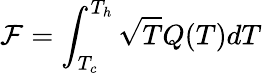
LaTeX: \mathcal{F}=\int_{T_{c}}^{T_{h}}\sqrt{T}Q(T)dT